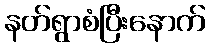
နတ်ရွာစံပြီးနောက်